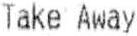
TAKE AWAY